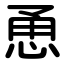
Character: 恿